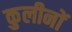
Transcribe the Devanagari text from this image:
कुलीनाें